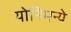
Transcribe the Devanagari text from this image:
योनिमन्ये